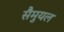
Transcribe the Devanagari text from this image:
सैमुयल